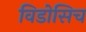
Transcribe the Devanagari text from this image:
विडोसिच